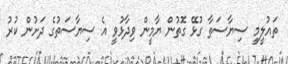
ތައުލީމީ ސިޔާސަތާ ގުޅޭ ގޮތުން ޔާމީން ވިދާޅުވީ އެ ސިޔާސަތުގެ ދަށުން ކުރު